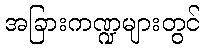
အခြားကဏ္ဍများတွင်